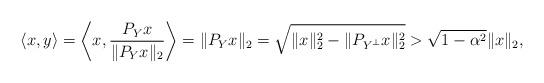
LaTeX: \begin{align*}\langle x,y\rangle=\bigg\langle x,\frac{P_Y x}{\|P_Y x\|_2}\bigg\rangle=\|P_Y x\|_2=\sqrt{\|x\|_2^2-\|P_{Y^\perp} x\|_2^2}>\sqrt{1-\alpha^2}\|x\|_2,\end{align*}